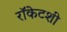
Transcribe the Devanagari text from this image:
रॉकेटशी